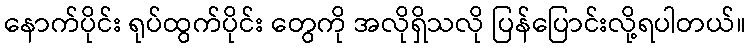
နောက်ပိုင်း ရုပ်ထွက်ပိုင်း တွေကို အလိုရှိသလို ပြန်ပြောင်းလို့ရပါတယ်။